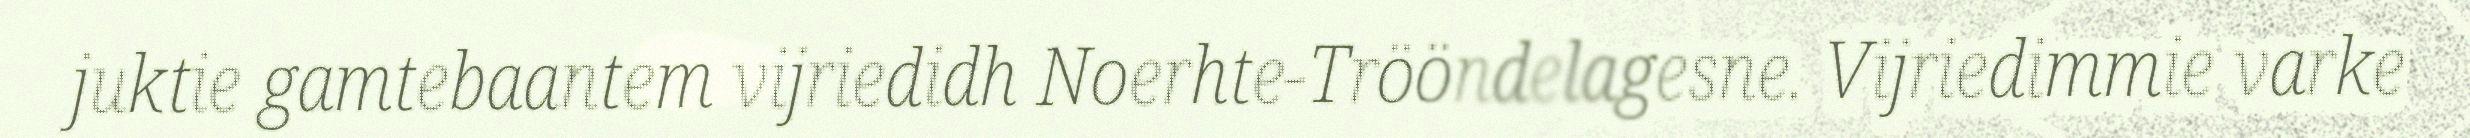
juktie gamtebaantem vijriedidh Noerhte-Trööndelagesne. Vijriedimmie varke